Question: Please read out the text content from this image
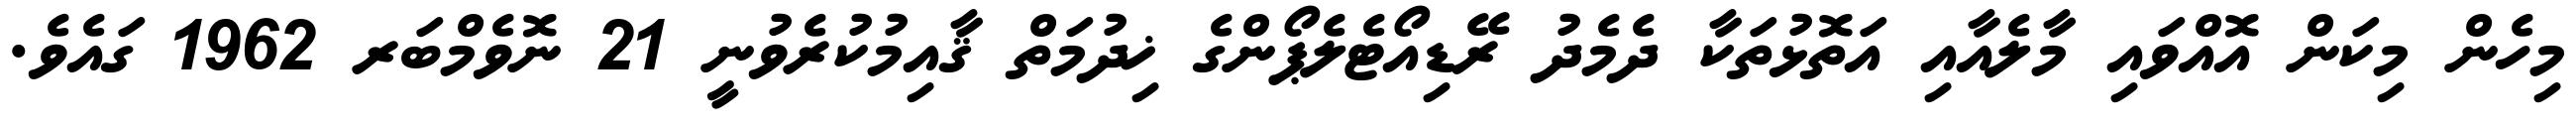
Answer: މިހެން މިކަން އޮއްވައި މާލެއާއި އަތޮޅުތަކާ ދެމެދު ރޭޑިއޯޓެލެޕޯންގެ ޚިދުމަތް ޤާއިމުކުރެވުނީ 21 ނޮވެމްބަރ 1962 ގައެވެ.